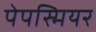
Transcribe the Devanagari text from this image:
पेपस्मियर